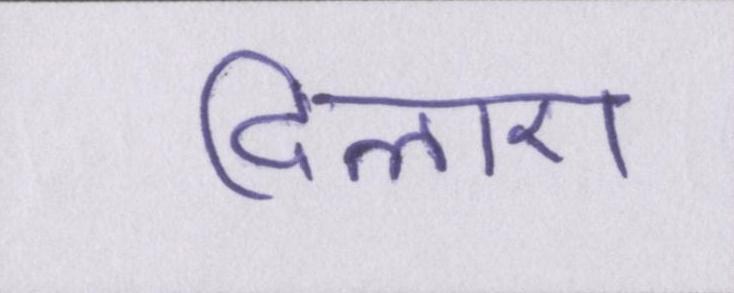
दिलाए